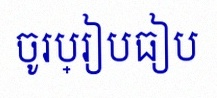
ចូរប្រៀបធៀប